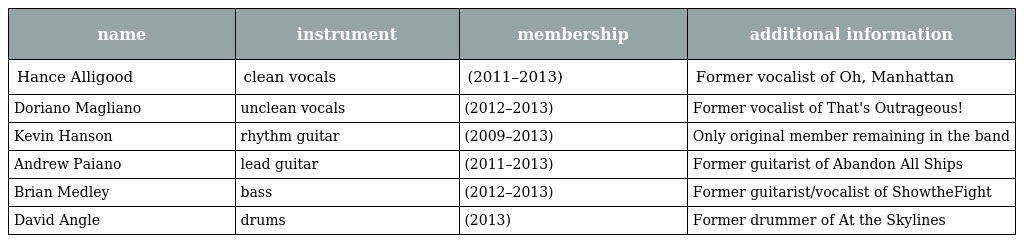
| name | instrument | membership | additional information |
 | --- | --- | --- | --- |
 | Hance Alligood | clean vocals | (2011–2013) | Former vocalist of Oh, Manhattan |
 | Doriano Magliano | unclean vocals | (2012–2013) | Former vocalist of That's Outrageous! |
 | Kevin Hanson | rhythm guitar | (2009–2013) | Only original member remaining in the band |
 | Andrew Paiano | lead guitar | (2011–2013) | Former guitarist of Abandon All Ships |
 | Brian Medley | bass | (2012–2013) | Former guitarist/vocalist of ShowtheFight |
 | David Angle | drums | (2013) | Former drummer of At the Skylines |